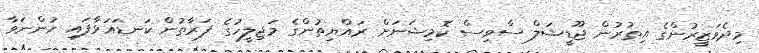
މިދެވަޒީރުންގެ އިތުރުން ޖޫޑީޝަލް ސާވިސް ކޮމިޝަނަށް ރައްޔިތުންގެ މަޖިލީހުގެ ފަރާތުން ކަނޑައަޅާފައި ހުންނަވާ